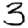
Digit: 3